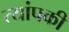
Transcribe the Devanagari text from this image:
त्यांपकी